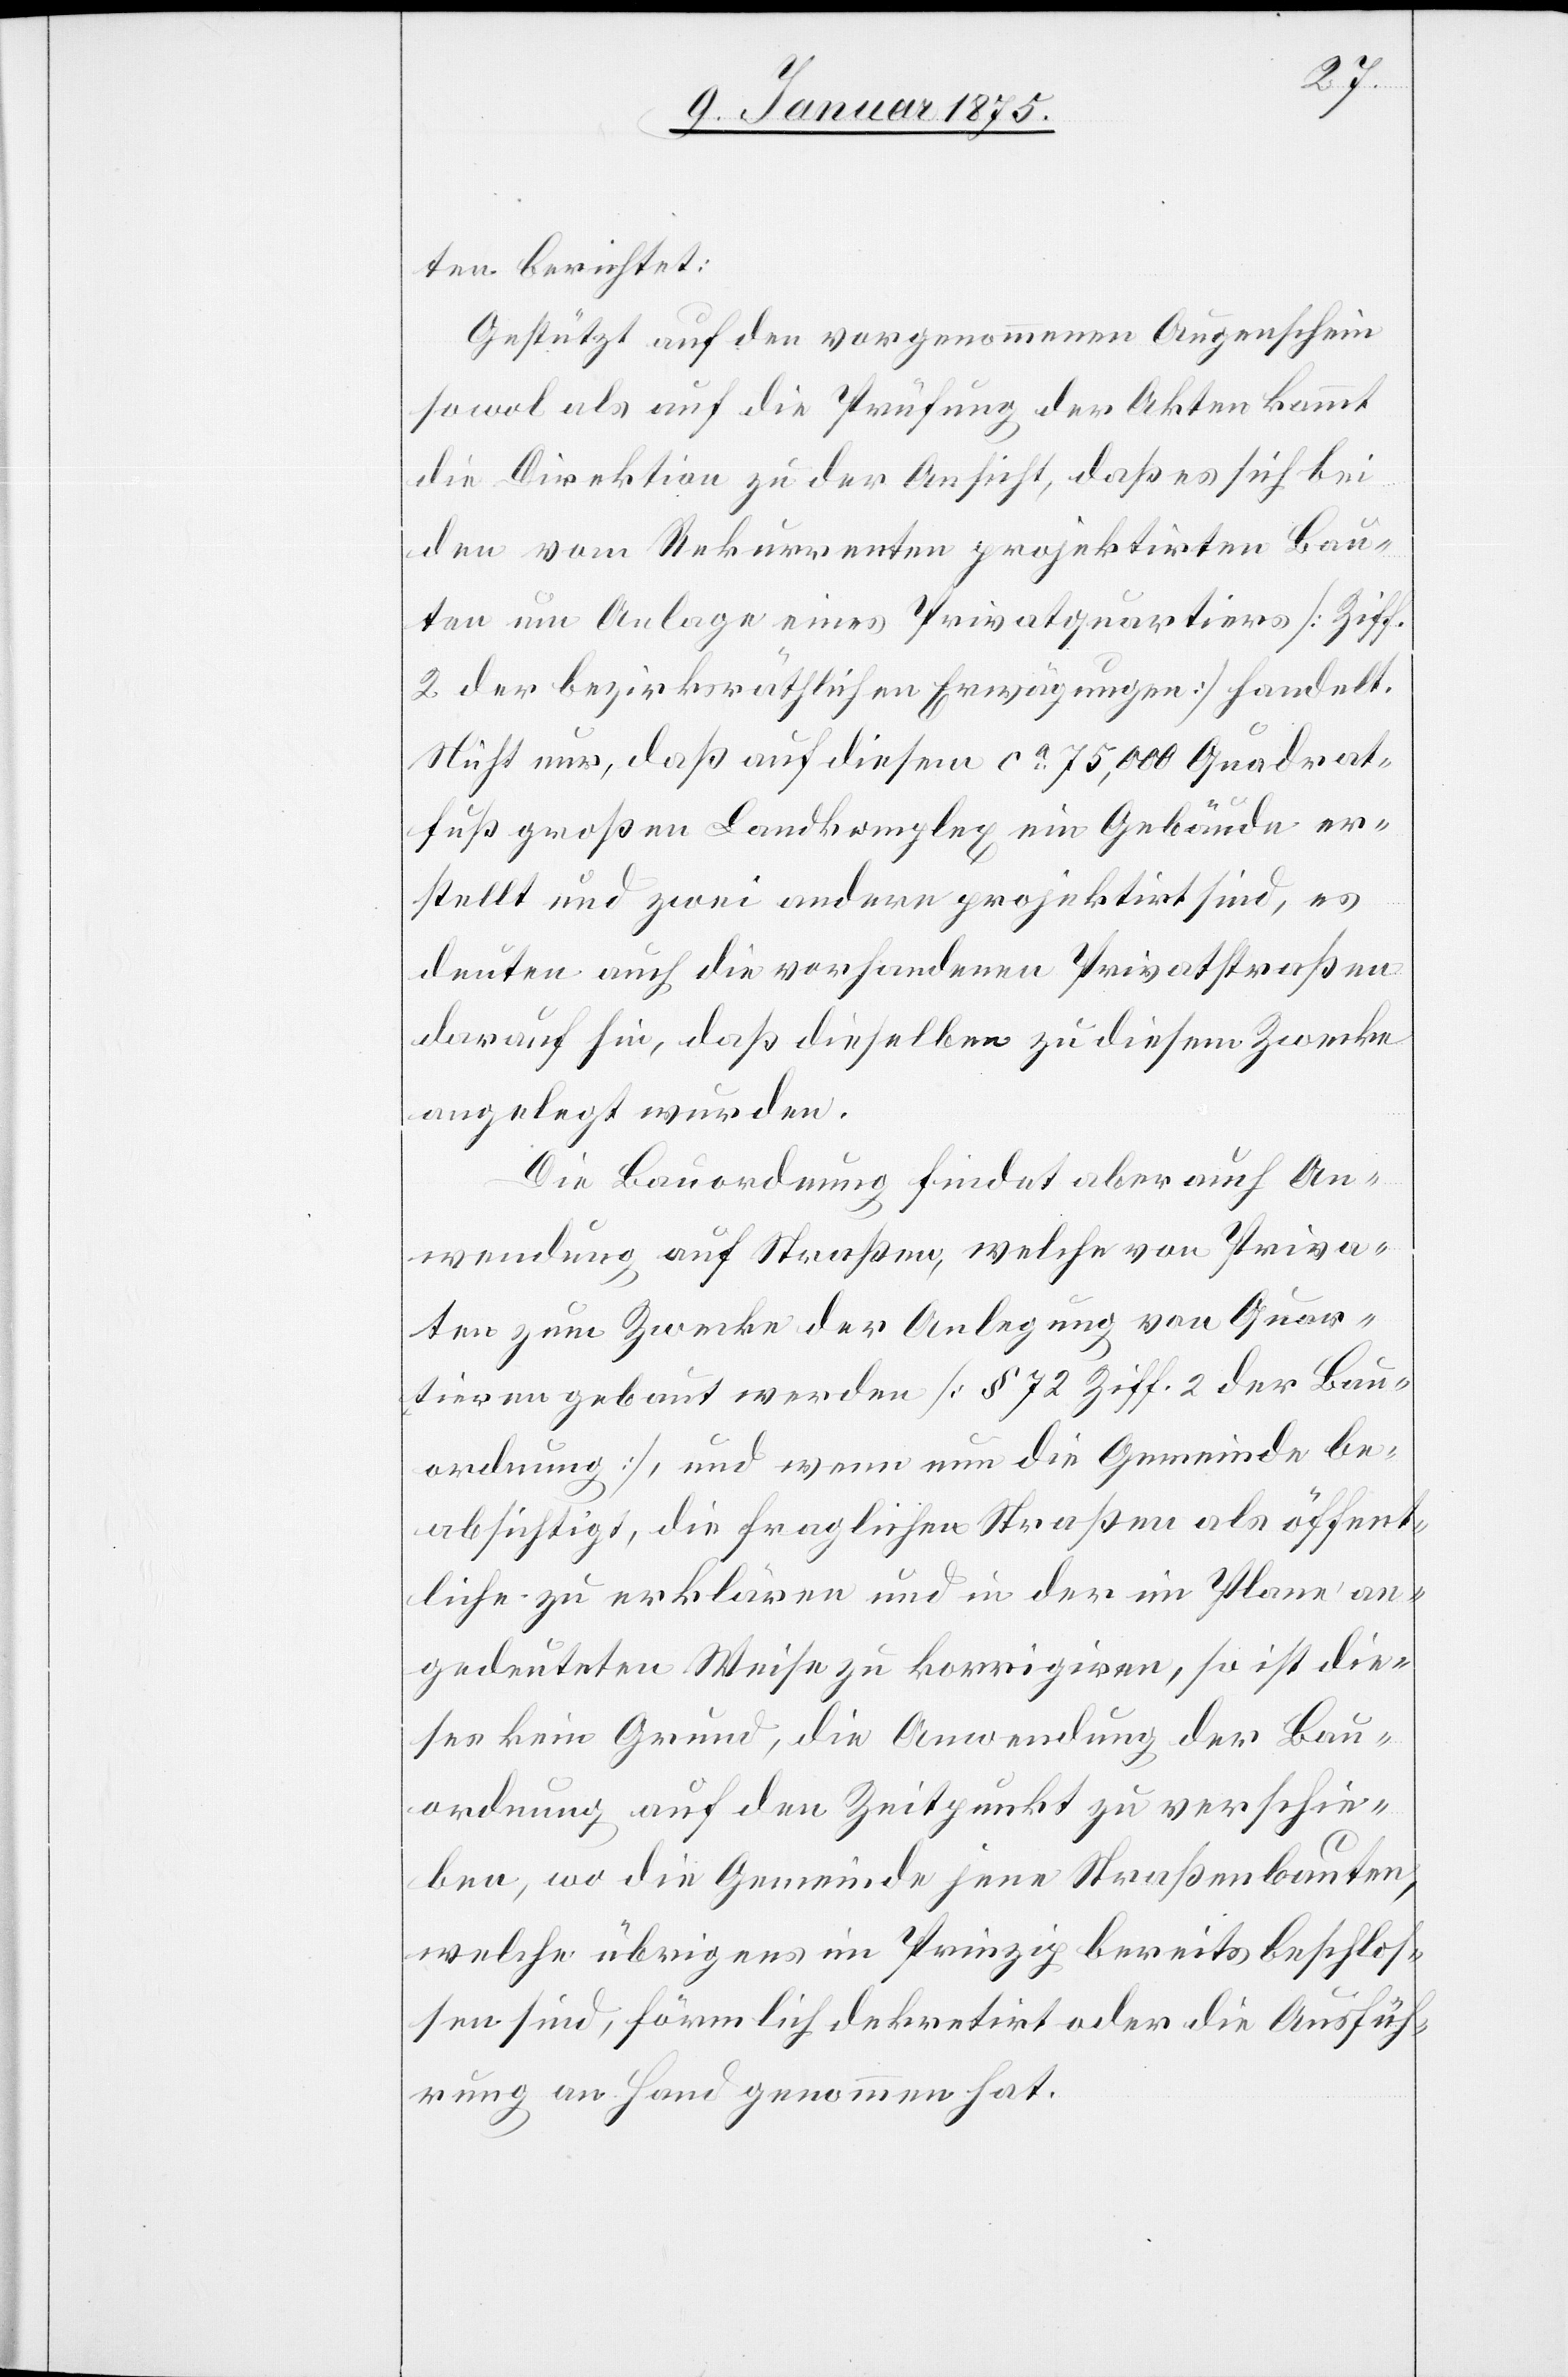
ten berichtet:
Gestützt auf den vorgenommenen Augenschein
sowol als auf die Prüfung der Akten kommt
die Direktion zu der Ansicht, daß es sich bei
den vom Rekurrenten projektirten Bau¬
ten um Anlagen eines Privatquartiers (Ziff.
2. der bezirksräthlichen Erwägungen) handelt.
Nicht nur, daß auf diesem ca 75,000 Quadrat¬
fuß großen Landkomplex ein Gebäude er¬
stellt und zwei andere projektirt sind, es
deuten auch die vorhandenen Privatstraßen
darauf hin, daß dieselben zu diesem Zwecke
angelegt wurden.
Die Bauordnung findet aber auch An¬
wendung auf Straßen, welche von Priva¬
ten zum Zwecke der Anlegung von Quar¬
tieren gebaut werden (§ 72 Ziff. 2 der Bau¬
ordnung), und wenn nun die Gemeinde be¬
absichtigt, die fraglichen Straßen als öffent¬
liche zu erklären und in der im Plane an¬
gedeuteten Weise zu korrigiren, so ist die¬
ses kein Grund, die Anwendung der Bau¬
ordnung auf den Zeitpunkt zu verschie¬
ben, wo die Gemeinde jene Straßenbauten,
welche übrigens im Prinzip bereits beschloß¬
en sind, förmlich dekretirt oder die Ausfüh¬
rung an Hand genommen hat.